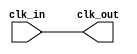
module clock_buffer (
    input wire clk_in,        // Clock input
    output wire clk_out       // Buffered clock output
);

// Buffering logic
// The output clock is driven directly by the input clock.
// This is a simple implementation; in practice, you would use
// a dedicated buffer primitive or instantiate a buffer cell
// from your technology library to achieve better performance.

assign clk_out = clk_in;

endmodule